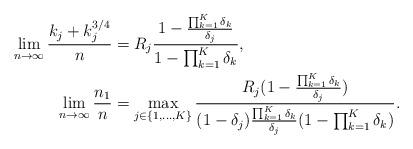
LaTeX: \begin{align*}\lim_{n\rightarrow\infty} \frac{k_j+k_j^{3/4}}{n} &= R_j\frac{1-\frac{\prod_{k=1}^K\delta_k}{\delta_j}}{1-\prod_{k=1}^K\delta_k},\\\lim_{n\rightarrow\infty} \frac{n_1}{n} &= \max_{j\in\{1,\dots,K\}}\frac{R_j(1-\frac{\prod_{k=1}^K\delta_k}{\delta_j})}{(1-\delta_j)\frac{\prod_{k=1}^K\delta_k}{\delta_j}(1-\prod_{k=1}^K\delta_k)}.\end{align*}